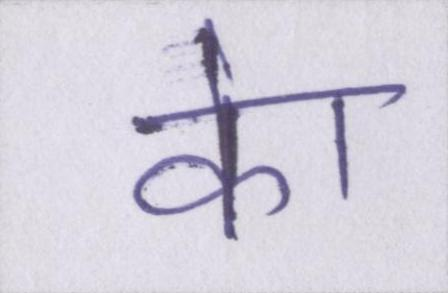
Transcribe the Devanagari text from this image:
केा